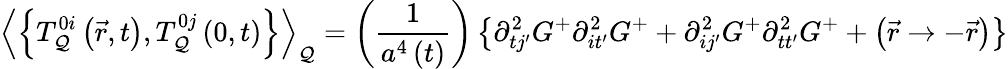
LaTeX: \left\langle\left\{ T_{\mathcal{Q}}^{0i}\left(\vec{{r}},t\right),T_{\mathcal{Q}}^{0j}\left(0,t\right)\right\} \right\rangle_{\mathcal{Q}}=\left(\frac{{1}}{{a^{4}\left(t\right)}}\right)\left\{ \partial_{tj^{\prime}}^{2}G^{+}\partial_{it^{\prime}}^{2}G^{+}+\partial_{ij^{\prime}}^{2}G^{+}\partial_{tt^{\prime}}^{2}G^{+}+\left(\vec{{r}}\rightarrow-\vec{{r}}\right)\right\}